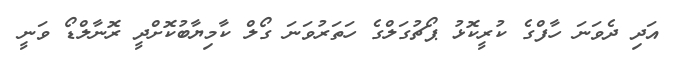
އަދި ދެވަނަ ހާފްގެ ކުރީކޮޅު ޕޯޗުގަލްގެ ހަތަރުވަނަ ގޯލް ކާމިޔާބުކޮށްދީ ރޮނާލްޑޯ ވަނީ